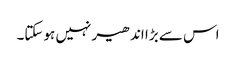
اس سے بڑا اندھیر نہیں ہوسکتا۔